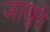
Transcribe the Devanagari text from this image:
जाखुरी